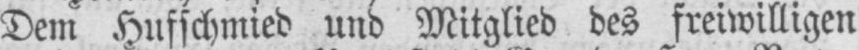
Dem Hufschmied und Mitglied des freiwilligen